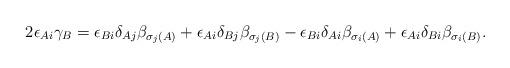
LaTeX: \begin{align*} 2\epsilon_{Ai}\gamma_B= \epsilon_{Bi}\delta_{Aj}\beta_{\sigma_j(A)}+\epsilon_{Ai}\delta_{Bj}\beta_{\sigma_j(B)}-\epsilon_{Bi} \delta_{Ai}\beta_{\sigma_i(A)} +\epsilon_{Ai}\delta_{Bi}\beta_{\sigma_i(B)}.\end{align*}